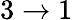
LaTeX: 3\rightarrow 1